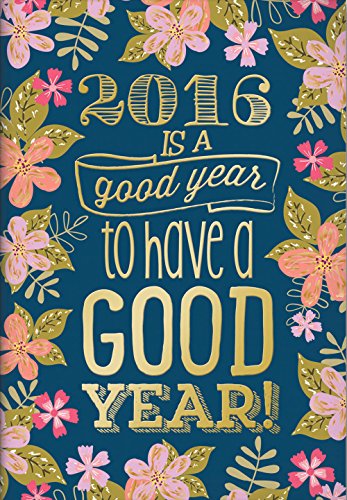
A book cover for Gold Foil Midnight Garden Pocket Planner Calendar 2016; Calendars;